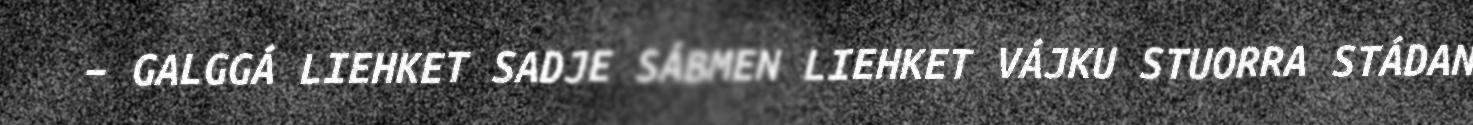
– GALGGÁ LIEHKET SADJE SÁBMEN LIEHKET VÁJKU STUORRA STÁDAN